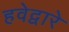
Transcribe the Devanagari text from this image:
हवेद्वारे